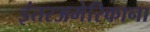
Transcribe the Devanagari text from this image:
इंतरअमेरिकाना